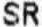
SR